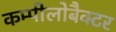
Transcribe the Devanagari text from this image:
कम्पीलोबैक्टर